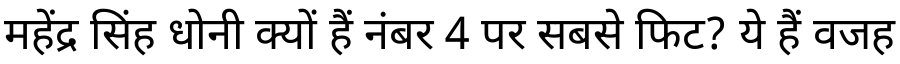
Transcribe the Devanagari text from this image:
महेंद्र सिंह धोनी क्यों हैं नंबर 4 पर सबसे फिट? ये हैं वजह